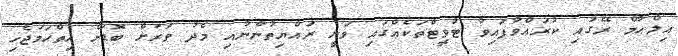
އިލްޙާމް ރޭގައި ކުރައްވާފައިވާ ޓުވީޓްތަކެއްގައި ވަނީ ރައްޔިތުންނާއި މެދު ވަރަށް ބޮޑަށް ހިތްހަމަޖެހި